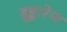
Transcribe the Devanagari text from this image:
हुङ्कारेण